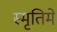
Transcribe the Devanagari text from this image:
स्मृतिमे